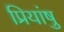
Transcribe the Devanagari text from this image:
प्रियांषु